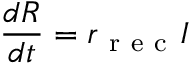
\frac { d R } { d t } = r _ { \mathrm { ~ r ~ e ~ c ~ } } I